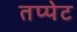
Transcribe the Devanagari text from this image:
तप्पेट